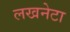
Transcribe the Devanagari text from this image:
लखनेटा